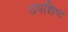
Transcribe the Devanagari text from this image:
उपशिष्ट